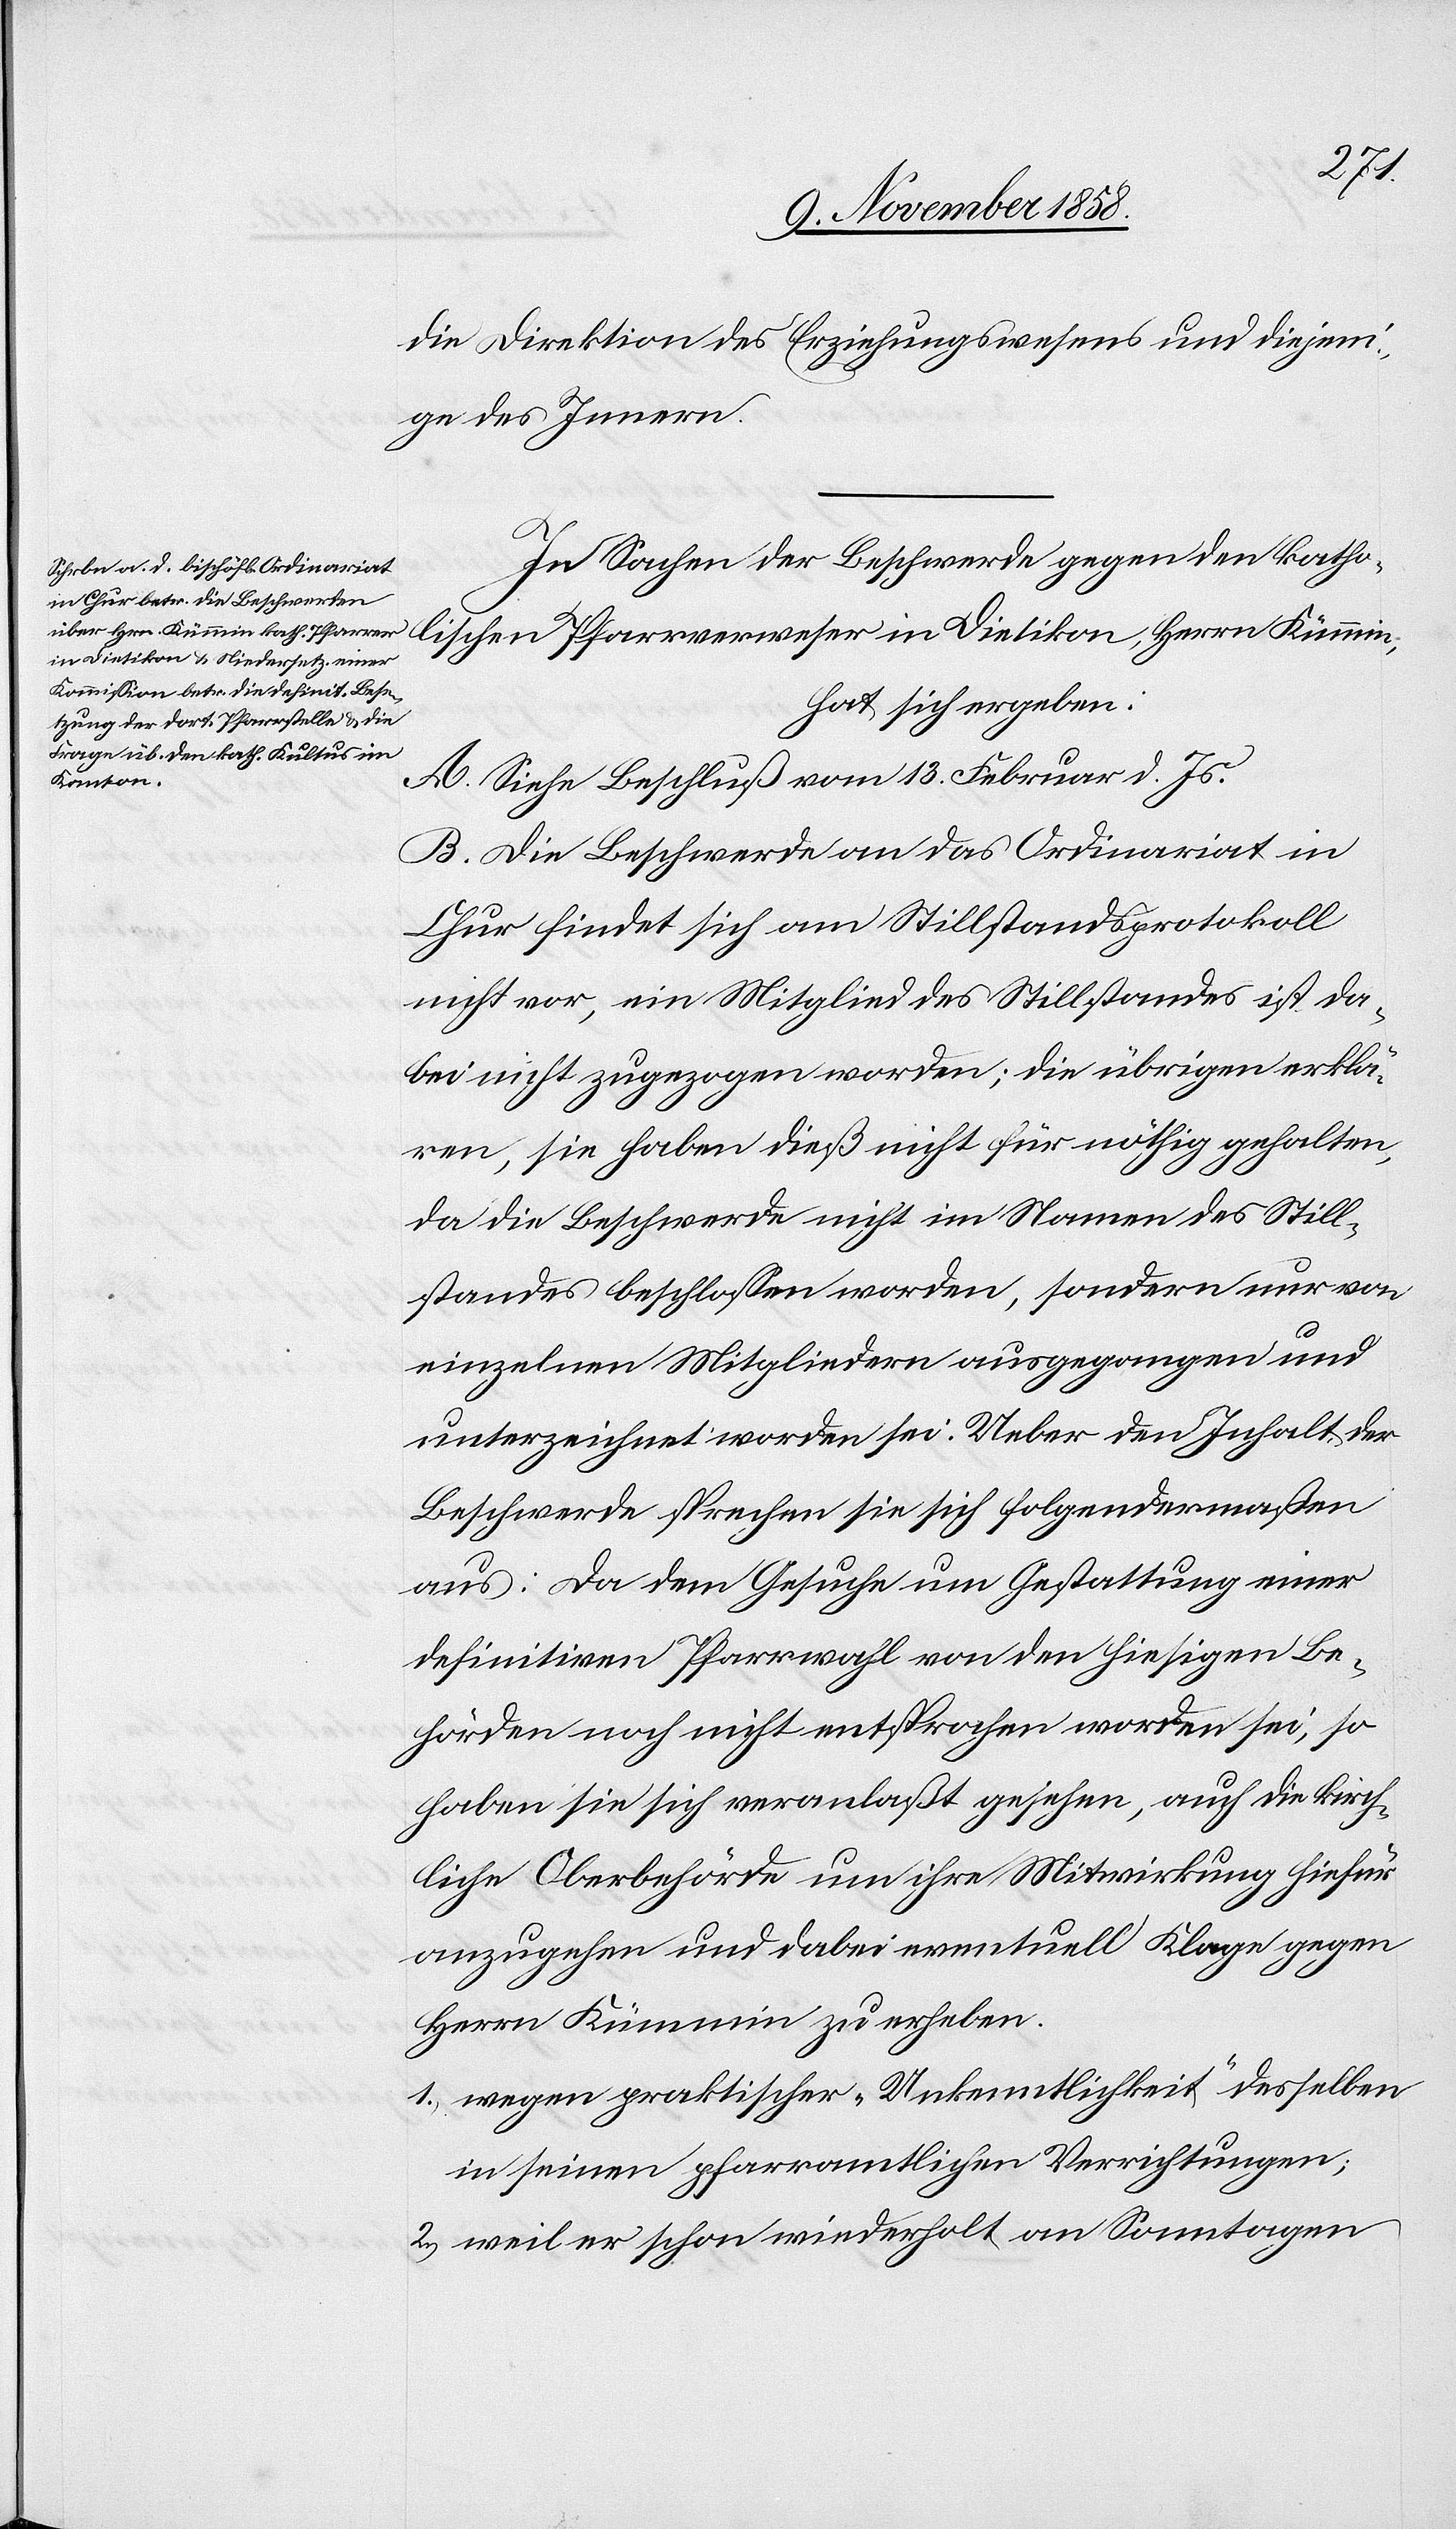
die Direktion des Erziehungswesens und diejeni¬
ge des Innern.
In Sachen der Beschwerde gegen den katho¬
hat sich ergeben:
A. Siehe Beschluß vom 13. Februar d. Js.
Kümmin,
B. Die Beschwerde an das Ordinariat in
Chur findet sich am Stillstandsprotokoll
nicht vor, ein Mitglied des Stillstandes ist da¬
bei nicht zugezogen worden; die übrigen erklä¬
ren, sie haben dieß nicht für nöthig gehalten,
da die Beschwerde nicht im Namen des Still¬
standes beschlossen worden, sondern nur von
einzelnen Mitgliedern ausgegangen und
unterzeichnet worden sei. Ueber den Inhalt der
Beschwerde sprechen sie sich folgendermaßen
aus: Da dem Gesuche um Gestattung einer
definitiven Pfarrwahl von den hiesigen Be¬
hörden noch nicht entsprochen worden sei, so
haben sie sich veranlaßt gesehen, auch die kirch¬
liche Oberbehörde um ihre Mitwirkung hiefür
anzugehen und dabei eventuell Klage gegen
Herrn Kümmin zu erheben.
wegen praktischer „Unkenntlichkeit“ desselben
in seinen pfarramtlichen Verrichtungen;
weil er schon wiederholt an Sonntagen